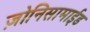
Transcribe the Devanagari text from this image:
ज़ोनिसामाईड